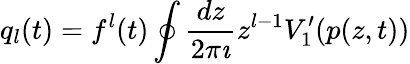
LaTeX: q_{l}(t)=f^{l}(t)\oint\frac{dz}{2\pi\imath}z^{l-1}V_{1}^{\prime}(p(z,t))